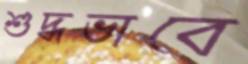
শুদ্ধভাবে